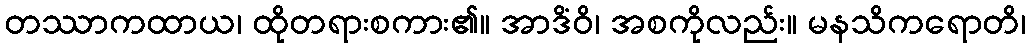
တဿာကထာယ၊ ထိုတရားစကား၏။ အာဒိံဝိ၊ အစကိုလည်း။ မနသိကရောတိ၊